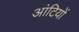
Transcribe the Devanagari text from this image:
आंटियों